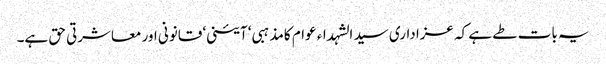
یہ بات طے ہے کہ عزاداری سید الشہداء عوام کامذہبی‘ آئینی‘ قانونی اور معاشرتی حق ہے۔